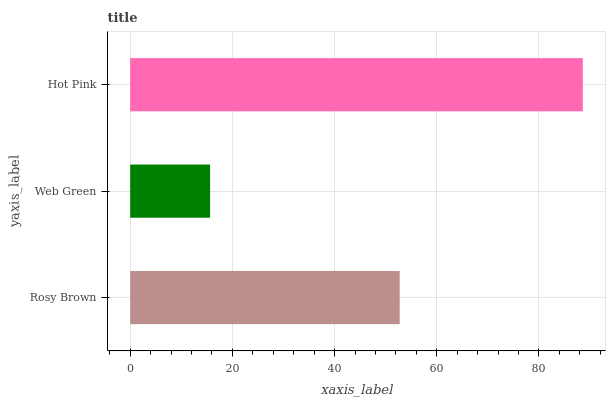
| yaxis_label | bars |
 | --- | --- |
 | Rosy Brown | 52.7 |
 | Web Green | 15.6 |
 | Hot Pink | 88.6 |